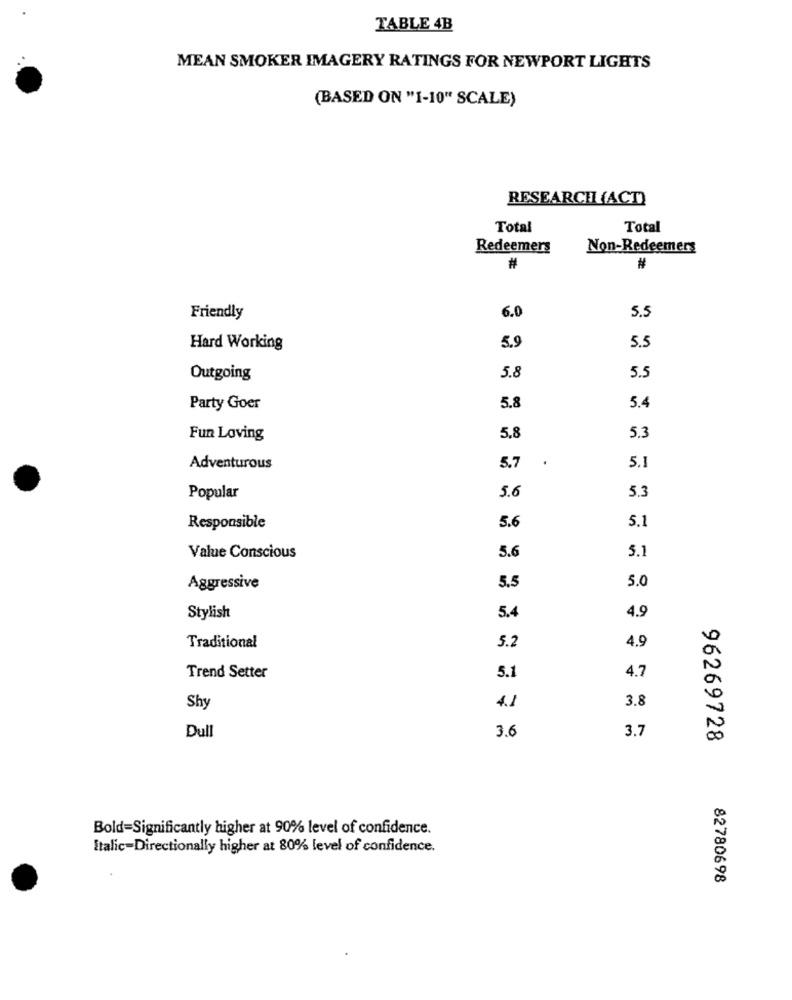
TABLE 4B
MEAN SMOKER IMAGERY RATINGS FOR NEWPORT LIGHTS
(BASED ON "1-10" SCALE)
RESEARCH (ACT)
Total
Total
Redeemers
Non-Redeemers
#
#
6.0
5.5
Friendly
Hard Working
5.9
5.5
Outgoing
5.8
5.5
Party Goer
5.8
5.4
5.3
Fun Loving
5.8
Adventurous
5.7
5.1
Popular
5.6
5.3
5.
5.1
Responsible
Value Conscious
5.6
5.1
Aggressive
5.5
5.0
5.4
Stylish
4.9
Traditional
5.2
4.9
Trend Setter
5.1
4.7
3.8
Shy
4.1
Dull
3.6
3.7
96269728
Bold=Significantly higher at 90% level of confidence.
Italic-Directionally higher at 80% level of confidence.
82780698